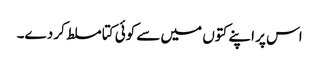
اس پر اپنے کتوں میں سے کوئی کتا مسلط کر دے۔